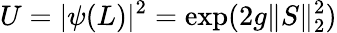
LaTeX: U=\vert\psi(L)\vert^{2}=\exp(2g\| S\| _{2}^{2})